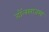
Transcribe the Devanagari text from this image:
डॉलरराजस्व